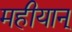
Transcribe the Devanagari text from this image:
महीयान्‌